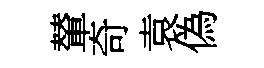
輦奇袁偽